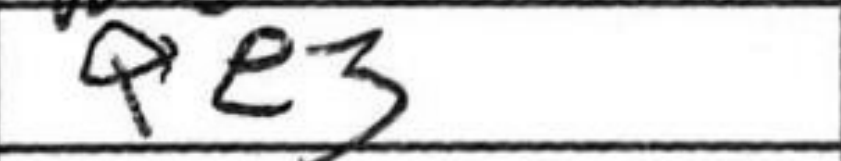
Transcription: Qe3